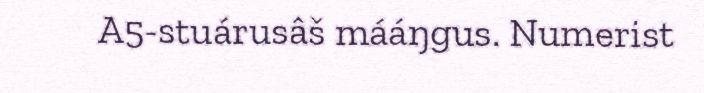
A5-stuárusâš mááŋgus. Numerist